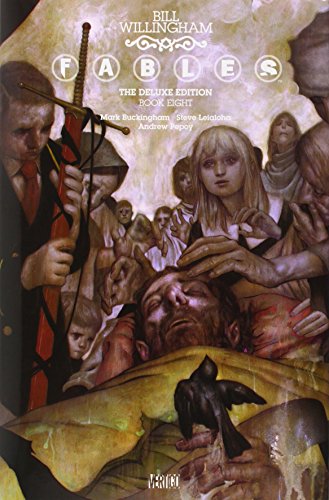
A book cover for Fables: The Deluxe Edition Book Eight; Bill Willingham; Comics & Graphic Novels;